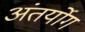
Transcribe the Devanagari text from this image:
अंतर्योग